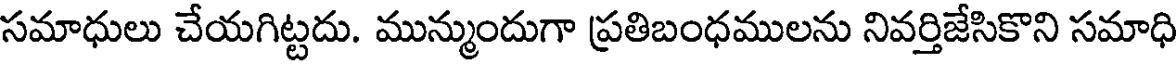
సమాధులు చేయగిట్టదు. మున్ముందుగా ప్రతిబంధములను నివర్తిజేసికొని సమాధి